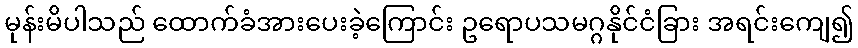
မုန်းမိပါသည် ထောက်ခံအားပေးခဲ့ကြောင်း ဥရောပသမဂ္ဂနိုင်ငံခြား အရင်းကျေ၍